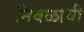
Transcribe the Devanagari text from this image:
निवळावी